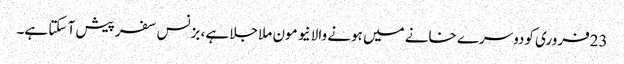
23فروری کودوسرے خانے میں ہونے والا نیو مون ملا جلا ہے، بزنس سفر پیش آ سکتا ہے۔